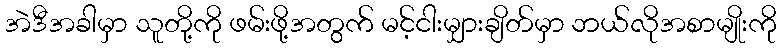
အဲဒီအခါမှာ သူတို့ကို ဖမ်းဖို့အတွက် မင့်ငါးမျှားချိတ်မှာ ဘယ်လိုအစာမျိုးကို